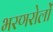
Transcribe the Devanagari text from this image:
भरणरोलों